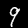
Digit: 9